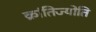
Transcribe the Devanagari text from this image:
क्रांतिज्योति